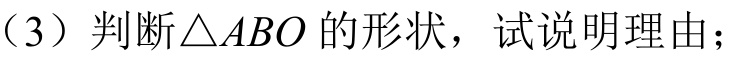
（3）判断\(\triangle ABO\)的形状，试说明理由；